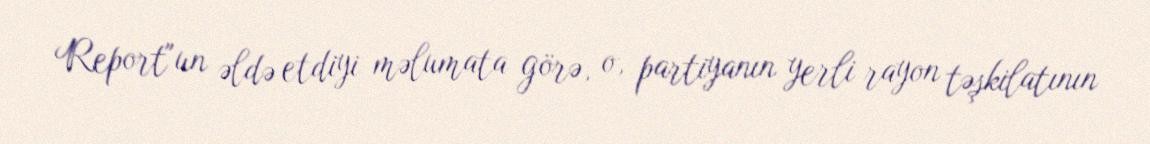
Report"un əldə etdiyi məlumata görə, o, partiyanın yerli rayon təşkilatının